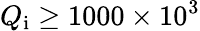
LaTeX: Q_{\mathrm{i}}\geq 1000\times 10^{3}